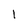
Character: 1